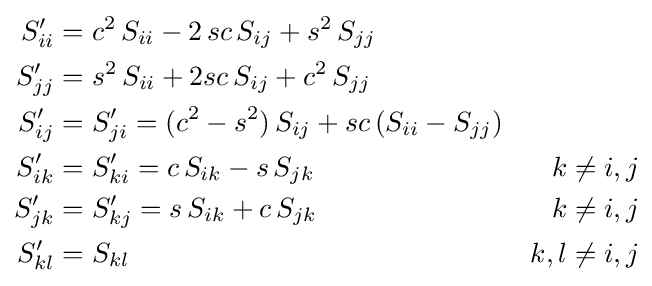
{\begin{aligned}S'_{ii}&=c^{2}\,S_{ii}-2\,sc\,S_{ij}+s^{2}\,S_{jj}\\S'_{jj}&=s^{2}\,S_{ii}+2sc\,S_{ij}+c^{2}\,S_{jj}\\S'_{ij}&=S'_{ji}=(c^{2}-s^{2})\,S_{ij}+sc\,(S_{ii}-S_{jj})\\S'_{ik}&=S'_{ki}=c\,S_{ik}-s\,S_{jk}&k\neq i,j\\S'_{jk}&=S'_{kj}=s\,S_{ik}+c\,S_{jk}&k\neq i,j\\S'_{kl}&=S_{kl}&k,l\neq i,j\end{aligned}}